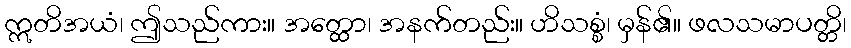
ဣတိအယံ၊ ဤသည်ကား။ အတ္ထော၊ အနက်တည်း။ ဟိသစ္စံ၊ မှန်၏။ ဖလသမာပတ္တိ၊